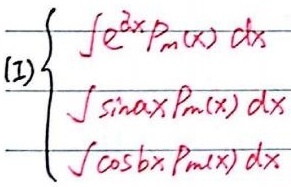
\[
\begin{cases}
\int e^{\lambda x}P_{m}(x)dx\\
\int\sin ax\cdot P_{m}(x)dx\\
\int\cos bx\cdot P_{m}(x)dx
\end{cases}
\]
\textcircled{I}